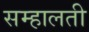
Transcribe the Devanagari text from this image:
सम्हालती